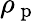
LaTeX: \rho_{\mathrm{~p~}}